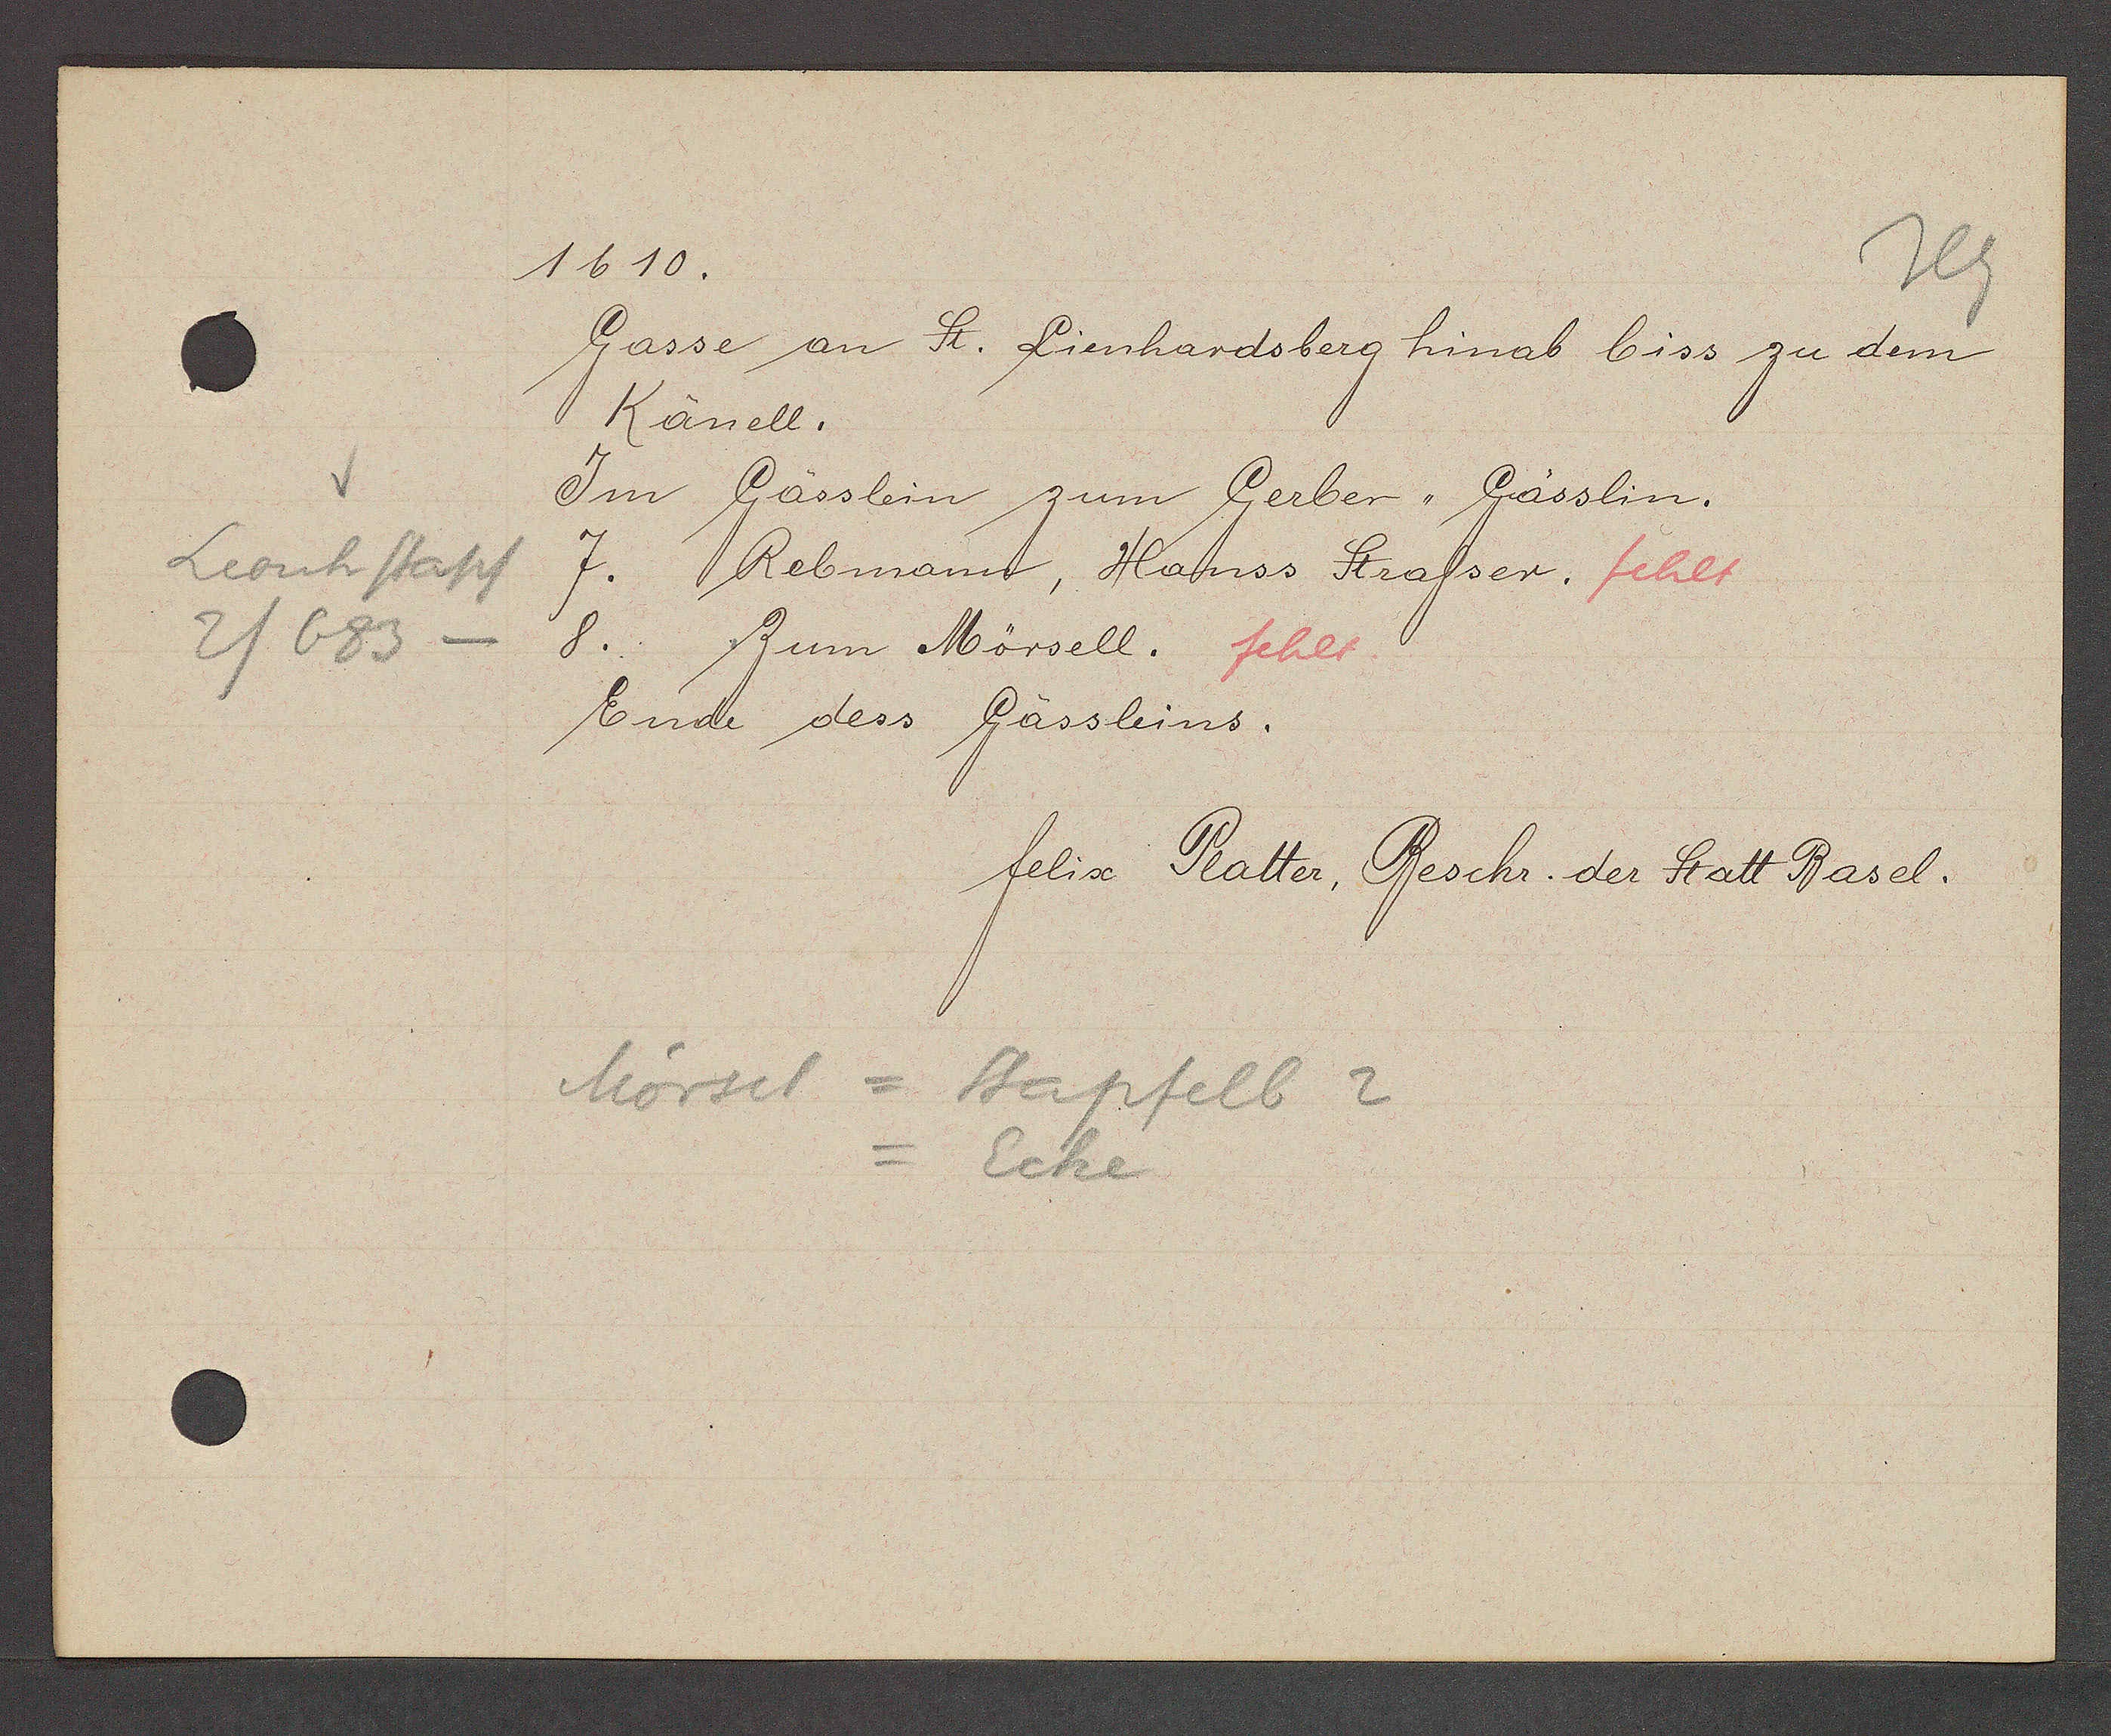
Transcript:
Leonhstapf
2/683

1610.

Gasse an St. Lienhardsberg hinab biss zu dem
Känell.
Im Gässlein zum Gerber, Gässlin.
7. Rebmann, Hanss Strasser. fehlt
8. Zum Mörsell. fehlt.
Ende dess Gässleins.

Mörsel = Stapfelb 2
=Ecke

felix Platter, Beschr. der Statt Basel.